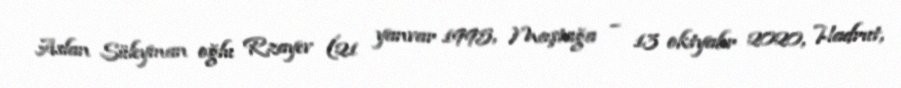
Aslan Süleyman oğlu Rzayev (21 yanvar 1995, Maştağa – 13 oktyabr 2020, Hadrut,